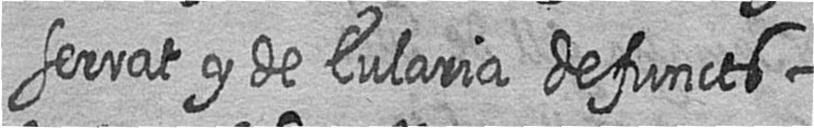
serrat y de Eularia defuncts